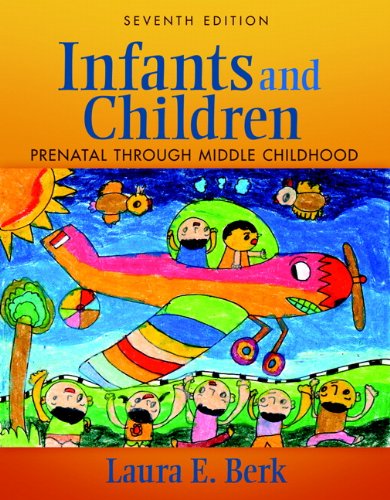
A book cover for Infants and Children: Prenatal Through Middle Childhood (7th Edition); Laura E. Berk; Medical Books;